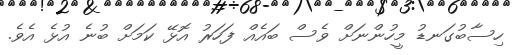
ހިސާބުގަނޑު މީހުންނަށް ވެސް ބައެއް ފަހަރު އޮޅޭ ކަމަށް ބުނެ އުޅެ އެވެ.